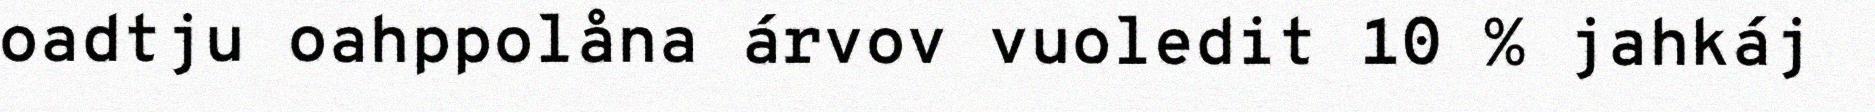
oadtju oahppolåna árvov vuoledit 10 % jahkáj